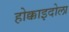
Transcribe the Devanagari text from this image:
होक्काइदोला